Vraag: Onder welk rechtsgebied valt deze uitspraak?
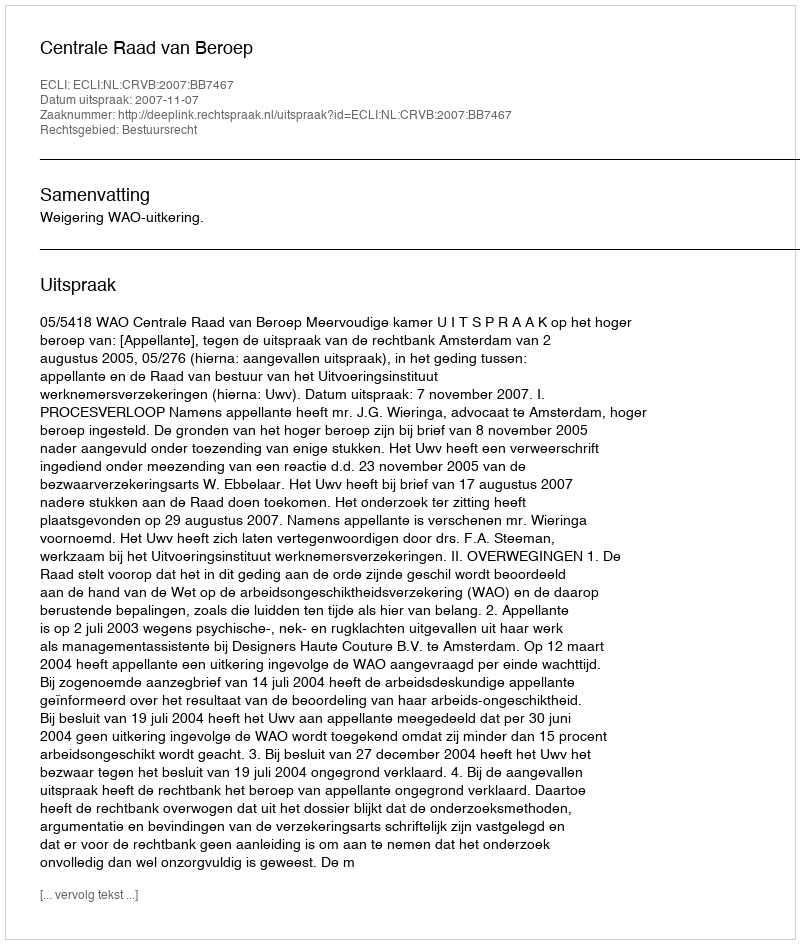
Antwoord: Bestuursrecht